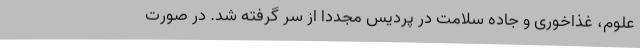
علوم، غذاخوری و جاده سلامت در پردیس مجدداً از سر گرفته شد. در صورت